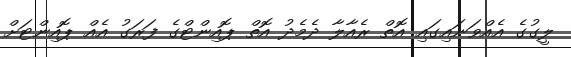
ލީގުގެ އެއްވަނައިގައި އޮތް ރެއާލާ ދެމެދު އޮތް ޕޮއިންޓްގެ ފަރަގު އެއް ޕޮއިންޓަށް